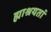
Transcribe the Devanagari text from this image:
ह्माश्रयतां